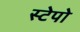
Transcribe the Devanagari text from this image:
स्टेपो